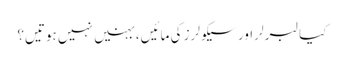
کیا لبرلر اور سیکولرز کی مائیں، بہنیں نہیں ہوتیں؟